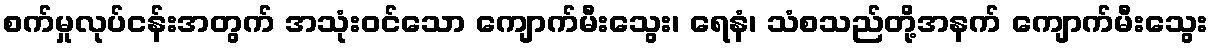
စက်မှုလုပ်ငန်းအတွက် အသုံးဝင်သော ကျောက်မီးသွေး၊ ရေနံ၊ သံစသည်တို့အနက် ကျောက်မီးသွေး